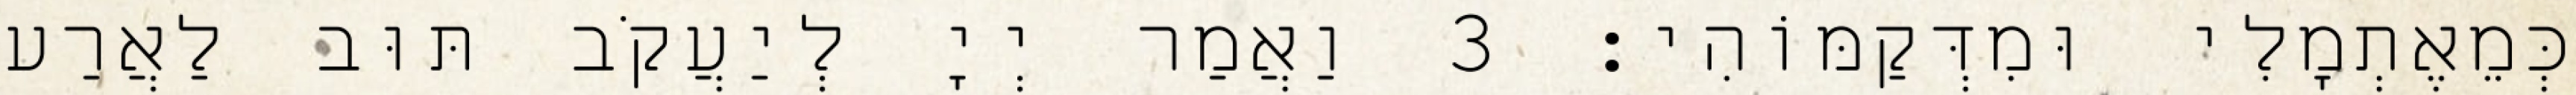
כְּמֵאֶתְמָלִי וּמִדְּקַמּוֹהִי׃ 3 וַאֲמַר יְיָ לְיַעֲקֹב תּוּב לַאֲרַע